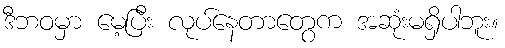
ဒီဘဝမှာ မေ့ပြီး လုပ်နေတာတွေက အဆုံးမရှိပါဘူး။